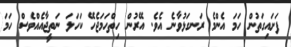
ފަށައިގަތުން ހަމަ އެންމެ ރަނގަޅުވާނެ އެވެ. އޭރުން ހިތްހަމަޖެހޭ ކަހަލަ ނަތީޖާއެއްވެސް ހަމަ